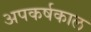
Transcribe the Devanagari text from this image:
अपकर्षकाल